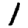
Digit: 1